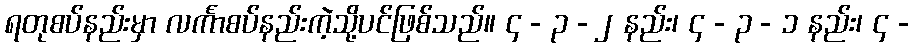
ရတုစပ်နည်းမှာ လင်္ကာစပ်နည်းကဲ့သို့ပင်ဖြစ်သည်။ ၄ - ၃ - ၂ နည်း၊ ၄ - ၃ - ၁ နည်း၊ ၄ -